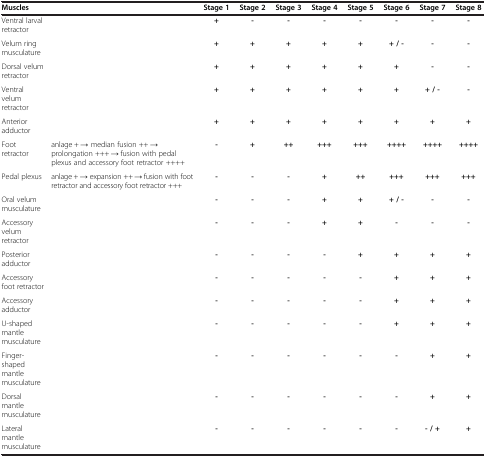
<table><thead><tr><td><b>Muscles</b></td><td>[EMPTY_CELL]</td><td><b>Stage 1</b></td><td><b>Stage 2</b></td><td><b>Stage 3</b></td><td><b>Stage 4</b></td><td><b>Stage 5</b></td><td><b>Stage 6</b></td><td><b>Stage 7</b></td><td><b>Stage 8</b></td></tr></thead><tbody><tr><td>Ventral larval retractor</td><td>[EMPTY_CELL]</td><td><b>+</b></td><td><b>-</b></td><td><b>-</b></td><td><b>-</b></td><td><b>-</b></td><td><b>-</b></td><td><b>-</b></td><td><b>-</b></td></tr><tr><td>Velum ring musculature</td><td>[EMPTY_CELL]</td><td><b>+</b></td><td><b>+</b></td><td><b>+</b></td><td><b>+</b></td><td><b>+</b></td><td><b>+ / -</b></td><td><b>-</b></td><td><b>-</b></td></tr><tr><td>Dorsal velum retractor</td><td>[EMPTY_CELL]</td><td><b>+</b></td><td><b>+</b></td><td><b>+</b></td><td><b>+</b></td><td><b>+</b></td><td><b>+</b></td><td><b>-</b></td><td><b>-</b></td></tr><tr><td>Ventral velum retractor</td><td>[EMPTY_CELL]</td><td><b>+</b></td><td><b>+</b></td><td><b>+</b></td><td><b>+</b></td><td><b>+</b></td><td><b>+</b></td><td><b>+ / -</b></td><td><b>-</b></td></tr><tr><td>Anterior adductor</td><td>[EMPTY_CELL]</td><td><b>+</b></td><td><b>+</b></td><td><b>+</b></td><td><b>+</b></td><td><b>+</b></td><td><b>+</b></td><td><b>+</b></td><td><b>+</b></td></tr><tr><td>Foot retractor</td><td>anlage + → median fusion ++ → prolongation +++ → fusion with pedal plexus and accessory foot retractor ++++</td><td><b>-</b></td><td><b>+</b></td><td><b>++</b></td><td><b>+++</b></td><td><b>+++</b></td><td><b>++++</b></td><td><b>++++</b></td><td><b>++++</b></td></tr><tr><td>Pedal plexus</td><td>anlage + → expansion ++ → fusion with foot retractor and accessory foot retractor +++</td><td><b>-</b></td><td><b>-</b></td><td><b>-</b></td><td><b>+</b></td><td><b>++</b></td><td><b>+++</b></td><td><b>+++</b></td><td><b>+++</b></td></tr><tr><td>Oral velum musculature</td><td>[EMPTY_CELL]</td><td><b>-</b></td><td><b>-</b></td><td><b>-</b></td><td><b>+</b></td><td><b>+</b></td><td><b>+ / -</b></td><td><b>-</b></td><td><b>-</b></td></tr><tr><td>Accessory velum retractor</td><td>[EMPTY_CELL]</td><td><b>-</b></td><td><b>-</b></td><td><b>-</b></td><td><b>+</b></td><td><b>+</b></td><td><b>-</b></td><td><b>-</b></td><td><b>-</b></td></tr><tr><td>Posterior adductor</td><td>[EMPTY_CELL]</td><td><b>-</b></td><td><b>-</b></td><td><b>-</b></td><td><b>-</b></td><td><b>+</b></td><td><b>+</b></td><td><b>+</b></td><td><b>+</b></td></tr><tr><td>Accessory foot retractor</td><td>[EMPTY_CELL]</td><td><b>-</b></td><td><b>-</b></td><td><b>-</b></td><td><b>-</b></td><td><b>-</b></td><td><b>+</b></td><td><b>+</b></td><td><b>+</b></td></tr><tr><td>Accessory adductor</td><td>[EMPTY_CELL]</td><td><b>-</b></td><td><b>-</b></td><td><b>-</b></td><td><b>-</b></td><td><b>-</b></td><td><b>+</b></td><td><b>+</b></td><td><b>+</b></td></tr><tr><td>U-shaped mantle musculature</td><td>[EMPTY_CELL]</td><td><b>-</b></td><td><b>-</b></td><td><b>-</b></td><td><b>-</b></td><td><b>-</b></td><td><b>+</b></td><td><b>+</b></td><td><b>+</b></td></tr><tr><td>Finger-shaped mantle musculature</td><td>[EMPTY_CELL]</td><td><b>-</b></td><td><b>-</b></td><td><b>-</b></td><td><b>-</b></td><td><b>-</b></td><td><b>-</b></td><td><b>+</b></td><td><b>+</b></td></tr><tr><td>Dorsal mantle musculature</td><td>[EMPTY_CELL]</td><td><b>-</b></td><td><b>-</b></td><td><b>-</b></td><td><b>-</b></td><td><b>-</b></td><td><b>-</b></td><td><b>+</b></td><td><b>+</b></td></tr><tr><td>Lateral mantle musculature</td><td>[EMPTY_CELL]</td><td><b>-</b></td><td><b>-</b></td><td><b>-</b></td><td><b>-</b></td><td><b>-</b></td><td><b>-</b></td><td><b>- / +</b></td><td><b>+</b></td></tr></tbody></table>